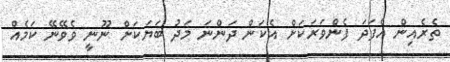
ތެރެއިން އެފަދަ ފެންވަރަކަށް އެކަން ދަންނަ މަދު ބަޔަކަށް ނޫނީ ވެވޭނޭ ކަމެއް